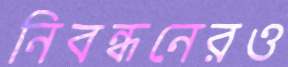
নিবন্ধনেরও